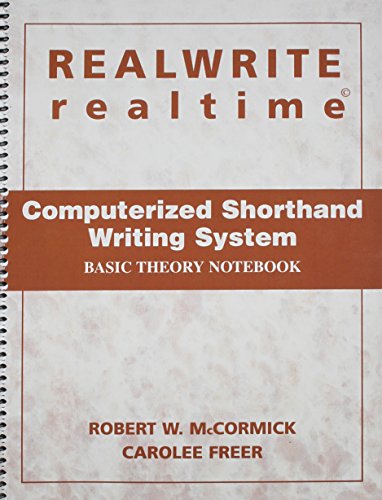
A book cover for Realwrite Realtime: Computerized Shorthand Writing System- Basic Theory Notebook; Robert W. McCormick; Business & Money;